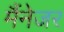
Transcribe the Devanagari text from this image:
मैंनेजर